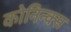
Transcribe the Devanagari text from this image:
कोनिन्क्स